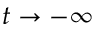
t \to - \infty